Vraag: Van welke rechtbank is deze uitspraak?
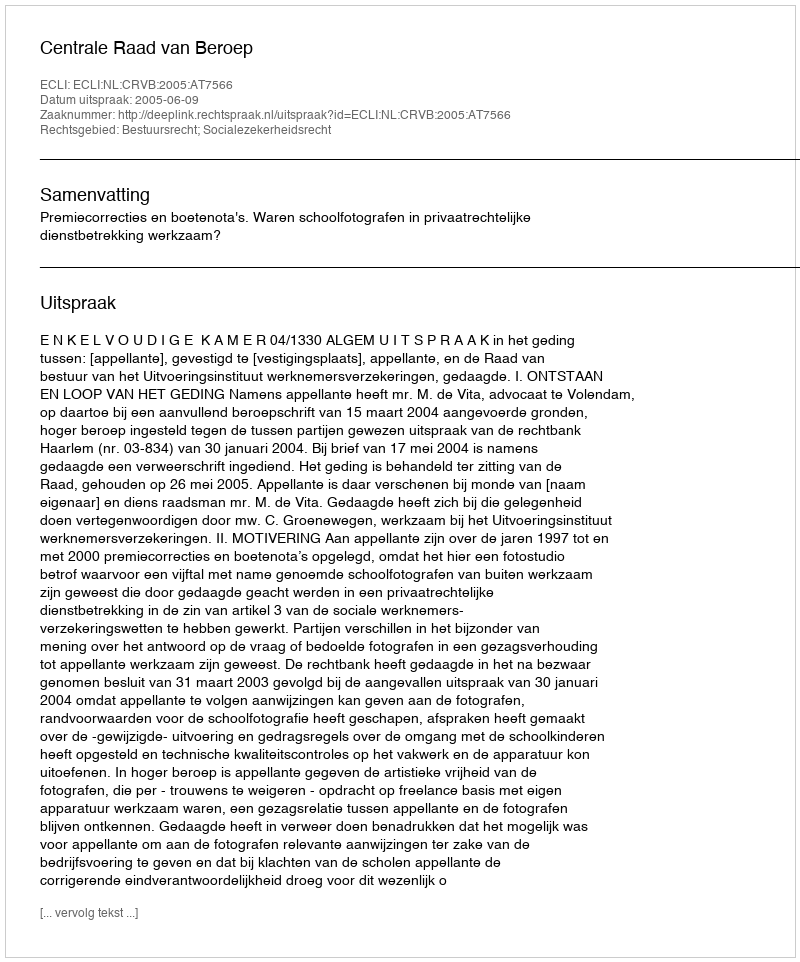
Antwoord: Centrale Raad van Beroep